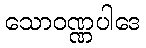
သောဝဏ္ဏပါဒေ